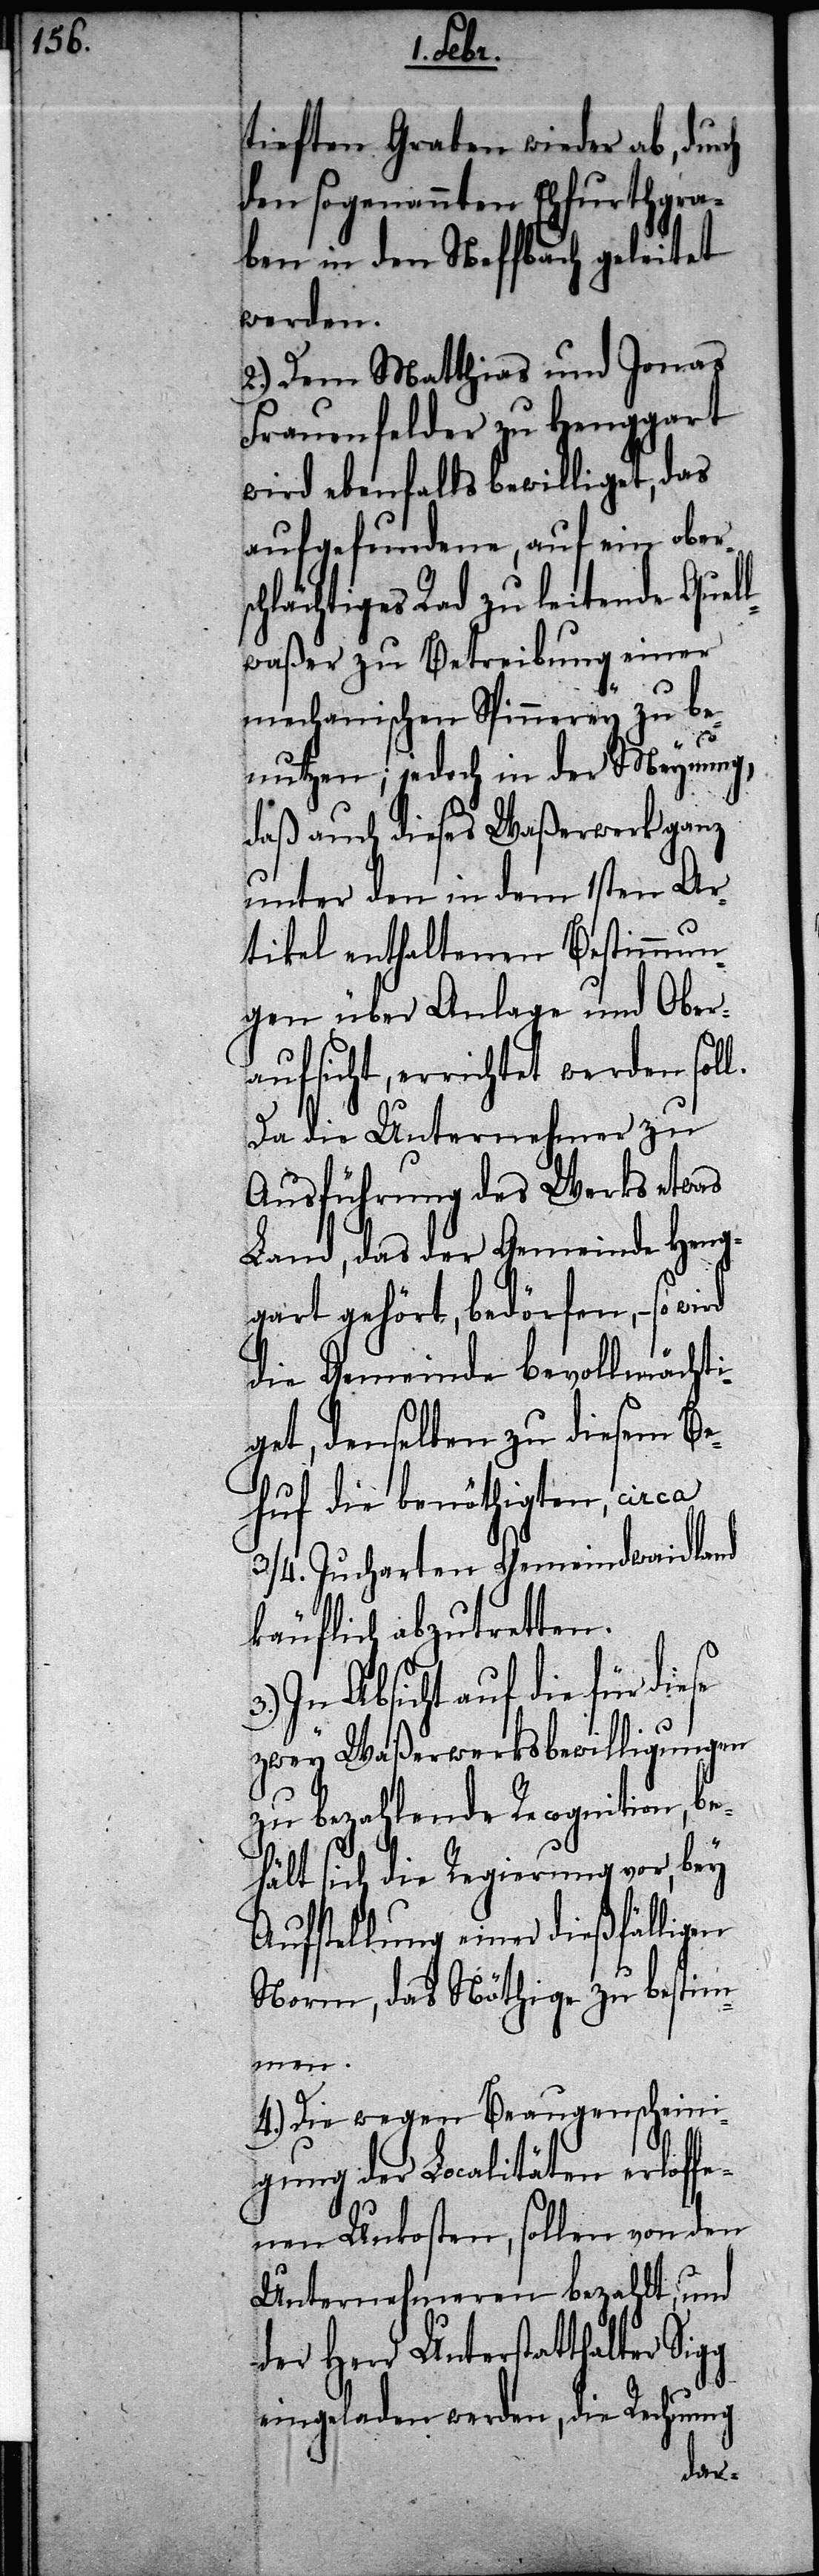
tieften Graben wieder ab, durch
den sogenannten Ehfurthgra¬
ben in den Neffbach geleitet
werden.
2.) Dem Matthias und Jonas
Frauenfelder zu Henggart
wird ebenfalls bewilliget, das
aufgefundene, auf ein obers¬
hlächtiges Rad zu leitende Quel¬
lwaßer zu Betreibung einer
mechanischen Spinnerey zu be¬
c¬
nutzen; jedoch in der Meynung,
daß auch dieses Waßerwerk ganz
unter den in dem 1sten Ar¬
tikel enthaltenen Bestimmun¬
gen über Anlage und Ober¬
aufsicht, errichtet werden soll.
Da die Unternehmer zu
Ausführung des Werks etwas
Land, das der Gemeinde Heng¬
gart gehört, bedörfen, – so
die Gemeinde bevollmächti¬
get, denselben zu diesem Be¬
huf die benöthigten, circa
3/4. Jucharten Gemeindwaidland
käuflich abzutretten.
In Absicht auf die für diese
zwey Waßerwerksbewilligungen
zu bezahlende Recognition, be¬
hält sich die Regierung vor, bey
Aufstellung einer dießfälligen
Norm, das Nöthige zu bestim¬
men.
4.) Die wegen Beaugenscheini¬
gung der Localitäten erloff¬
enen Unkosten, sollen von den
Unternehmeren bezahlt, und
der Herr Unterstatthalter
eingeladen werden, die Rechnung